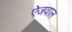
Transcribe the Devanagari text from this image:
ऐजवाल